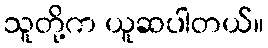
သူတို့က ယူဆပါတယ်။